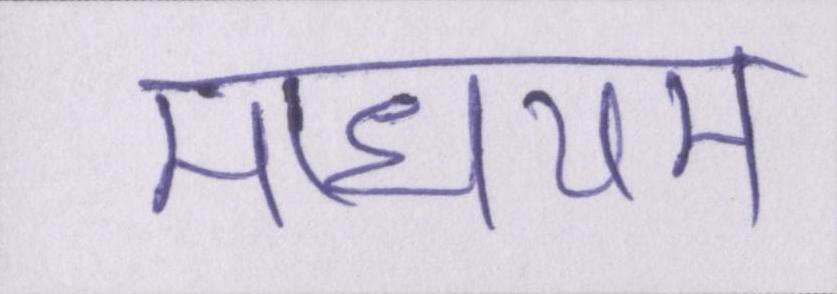
माधयम